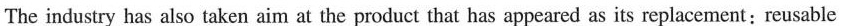
The industry has also taken aim at the product that has appeared as its replacement; reusable